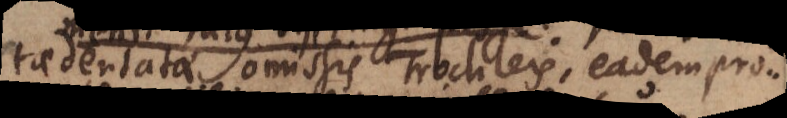
tae dentatae omissis Trochleis, eadem pro-